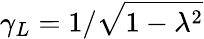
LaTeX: \gamma_{L}=1/\sqrt{1-\lambda^{2}}